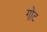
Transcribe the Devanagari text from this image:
गो़ट